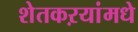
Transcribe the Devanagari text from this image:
शेतकऱयांमधे